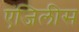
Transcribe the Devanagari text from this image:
एंजिलीस